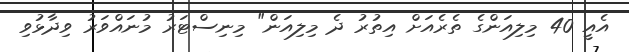
އެއީ 40 މިލިއަންގެ ތެރެއަށް އިތުރު ދެ މިލިއަން" މިނިސްޓަރު މުނައްވަރު ވިދާޅުވި